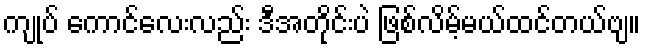
ကျုပ် ကောင်လေးလည်း ဒီအတိုင်းပဲ ဖြစ်လိမ့်မယ်ထင်တယ်ဗျ။